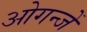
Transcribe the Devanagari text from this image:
ओगन्जें